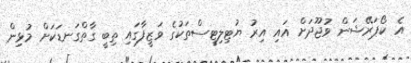
އެ ކޯޕަރޭޝަން ވުޖޫދަށް އައި އިރު ޔުޓިލިޓީސްތަކުގެ ވަޒީފާގައި ތިބީ ގާތްގަނޑަކަށް މުޅިން